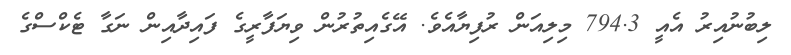
ލިބުނުއިރު އެއީ 794.3 މިލިއަން ރުފިޔާއެވެ. އޭގެއިތުރުން ވިޔަފާރީގެ ފައިދާއިން ނަގާ ޓެކްސްގެ